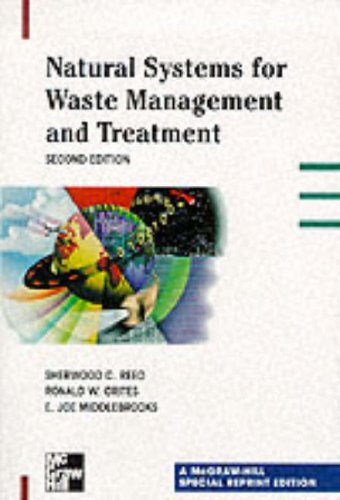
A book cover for Natural Systems for Waste Management and Treatment; Sherwood C. Reed; Science & Math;